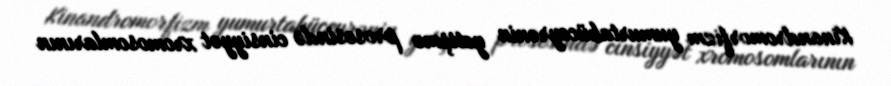
Kinandromorfizm yumurtahüceyrənin yetişmə prosesində cinsiyyət xromosomlarının